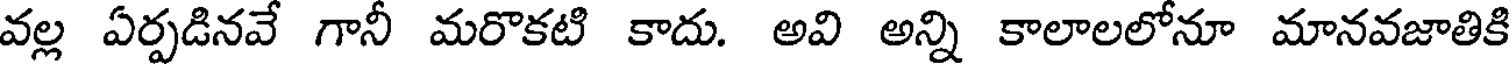
వల్ల ఏర్పడినవే గానీ మరొకటి కాదు. అవి అన్ని కాలాలలోనూ మానవజాతికి